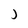
Character: j